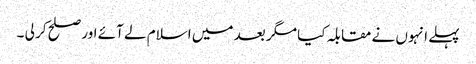
پہلے انہوں نے مقابلہ کیا مگر بعد میں اسلام لے آئے اور صلح کر لی ۔